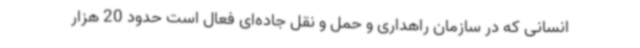
انسانی که در سازمان راهداری و حمل و نقل جاده‌ای فعال است حدود 20 هزار